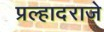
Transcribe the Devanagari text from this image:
प्रल्हादराजे